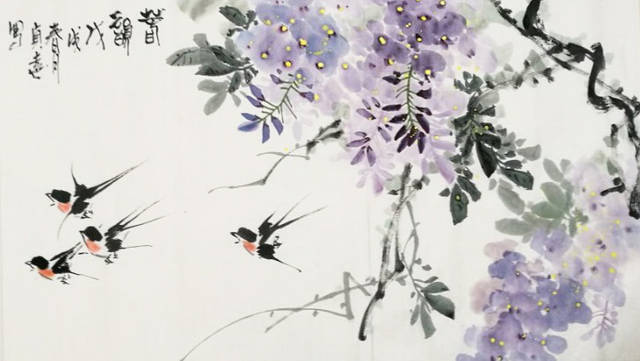
海燕岁微渺，乘春亦暂来。